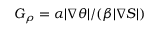
G _ { \rho } = \alpha | \nabla \theta | / ( \beta | \nabla S | )